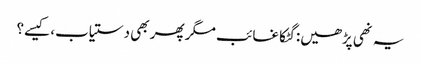
یہ نھی پڑھیں:گٹکا غائب مگر پھر بھی دستیاب، کیسے؟